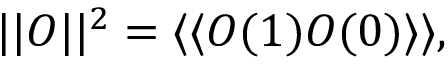
| | O | | ^ { 2 } = \langle \langle O ( 1 ) O ( 0 ) \rangle \rangle ,